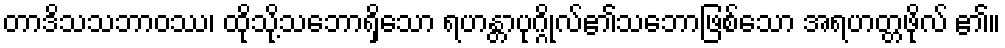
တာဒိသသဘာဝဿ၊ ထိုသို့သဘောရှိသော ရဟန္တာပုဂ္ဂိုလ်၏သဘောဖြစ်သော အရဟတ္တဖိုလ် ၏။